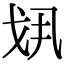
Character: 𢦚